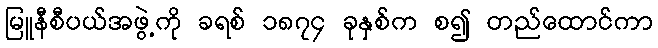
မြူနီစီပယ်အဖွဲ့ကို ခရစ် ၁၈၇၄ ခုနှစ်က စ၍ တည်ထောင်ကာ